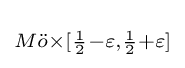
\scriptstyle M{\ddot {o}}\times [{\frac {1}{2}}-\varepsilon ,{\frac {1}{2}}+\varepsilon ]